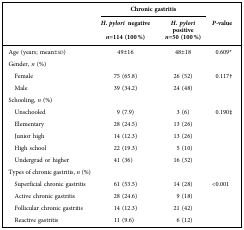
<table><thead><tr><td>[EMPTY_CELL]</td><td colspan="2"><b>Chronic gastritis</b></td><td>[EMPTY_CELL]</td></tr><tr><td rowspan="2">[EMPTY_CELL]</td><td><b><i>H. pylori</i> negative</b></td><td><b><i>H. pylori</i> positive</b></td><td rowspan="2"><b><i>P-</i>value</b></td></tr><tr><td><b><i>n</i>=114 (100 %)</b></td><td><b><i>n</i>=50 (100 %)</b></td></tr></thead><tbody><tr><td>Age (years; mean±sd)</td><td>49±16</td><td>48±18</td><td>0.609*</td></tr><tr><td>Gender, <i>n</i> (%)</td><td>[EMPTY_CELL]</td><td>[EMPTY_CELL]</td><td>[EMPTY_CELL]</td></tr><tr><td> Female</td><td>75 (65.8)</td><td>26 (52)</td><td rowspan="2">0.117†</td></tr><tr><td> Male</td><td>39 (34.2)</td><td>24 (48)</td></tr><tr><td>Schooling, <i>n</i> (%)</td><td>[EMPTY_CELL]</td><td>[EMPTY_CELL]</td><td>[EMPTY_CELL]</td></tr><tr><td> Unschooled</td><td>9 (7.9)</td><td>3 (6)</td><td rowspan="5">0.190‡</td></tr><tr><td> Elementary</td><td>28 (24.5)</td><td>13 (26)</td></tr><tr><td> Junior high</td><td>14 (12.3)</td><td>13 (26)</td></tr><tr><td> High school</td><td>22 (19.3)</td><td>5 (10)</td></tr><tr><td> Undergrad or higher</td><td>41 (36)</td><td>16 (32)</td></tr><tr><td>Types of chronic gastritis, <i>n</i> (%)</td><td>[EMPTY_CELL]</td><td>[EMPTY_CELL]</td><td>[EMPTY_CELL]</td></tr><tr><td> Superficial chronic gastritis</td><td>61 (53.5)</td><td>14 (28)</td><td rowspan="4">&lt;0.001</td></tr><tr><td> Active chronic gastritis</td><td>28 (24.6)</td><td>9 (18)</td></tr><tr><td> Follicular chronic gastritis</td><td>14 (12.3)</td><td>21 (42)</td></tr><tr><td> Reactive gastritis</td><td>11 (9.6)</td><td>6 (12)</td></tr></tbody></table>